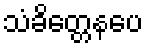
သံခိတ္တေနပေ